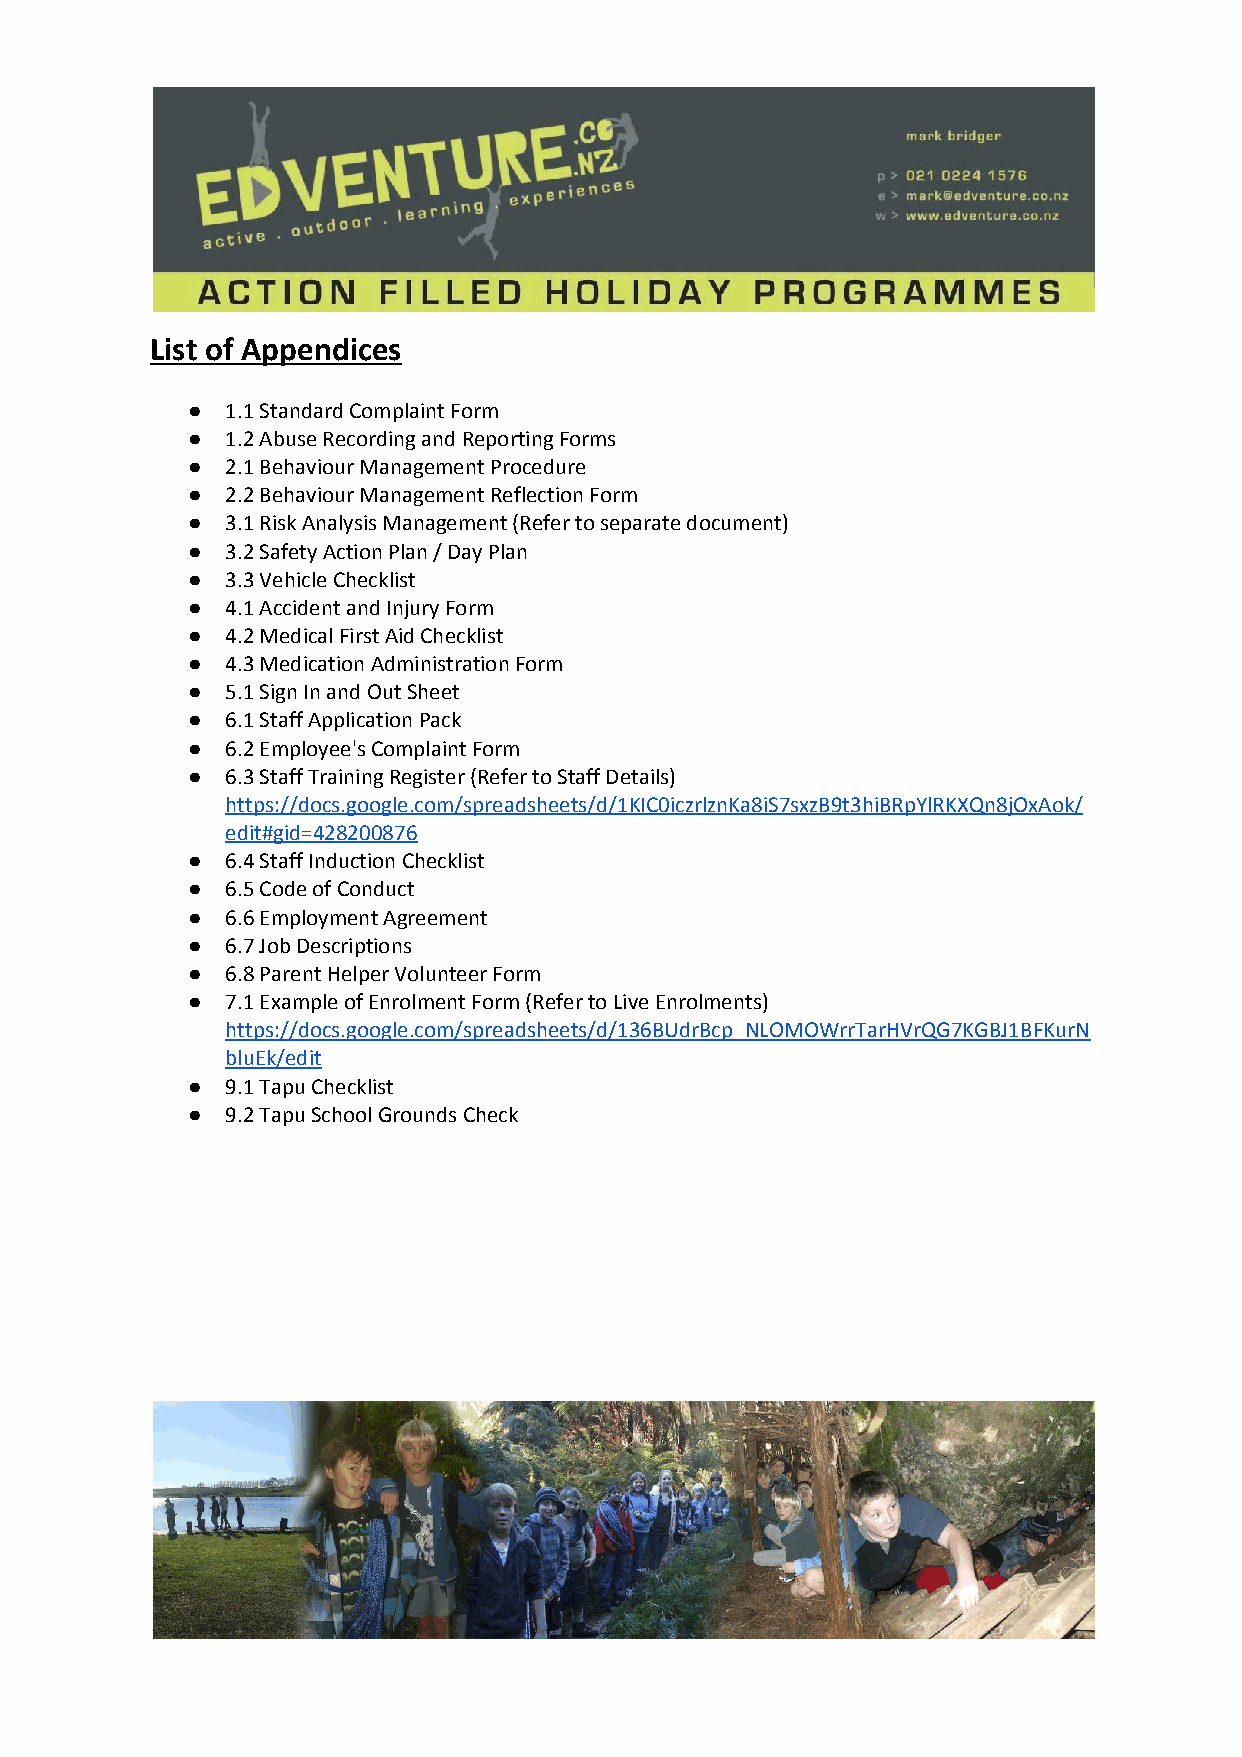
List of Appendices
 ●  1.1 Standard Complaint Form
 ●  1.2 Abuse Recording and Reporting Forms
 ●  2.1 Behaviour Management Procedure
 ●  2.2 Behaviour Management Reflection Form
 ●  3.1 Risk Analysis Management (Refer to separate document)
 ●  3.2 Safety Action Plan / Day Plan
 ●  3.3 Vehicle Checklist
 ●  4.1 Accident and Injury Form
 ●  4.2 Medical First Aid Checklist
 ●  4.3 Medication Administration Form
 ●  5.1 Sign In and Out Sheet
 ●  6.1 Staff Application Pack
 ●  6.2 Employee's Complaint Form
 ●  6.3 Staff Training Register (Refer to Staff Details)
 https://docs.google.com/spreadsheets/d/1KIC0iczrlznKa8iS7sxzB9t3hiBRpYlRKXQn8jOxAok/
 edit#gid=428200876
 ●  6.4 Staff Induction Checklist
 ●  6.5 Code of Conduct
 ●  6.6 Employment Agreement
 ●  6.7 Job Descriptions
 ●  6.8 Parent Helper Volunteer Form
 ●  7.1 Example of Enrolment Form (Refer to Live Enrolments)
 https://docs.google.com/spreadsheets/d/136BUdrBcp_NLOMOWrrTarHVrQG7KGBJ1BFKurN
 bluEk/edit
 ●  9.1 Tapu Checklist
 ●  9.2 Tapu School Grounds Check